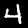
Label: 4